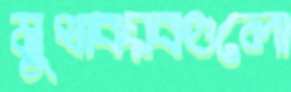
মুখাবয়বগুলো